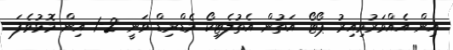
އިން އެއްވަރުވިއިރު ޕޯޓޯ އަތުން އެތުލެޓިކޯ މެޑްރިޑް ވަނީ 2-1 އިން މޮޅުވެފަ